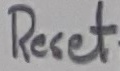
Text: Reset